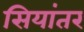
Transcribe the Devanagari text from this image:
सियांतर